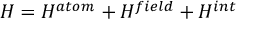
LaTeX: H = H ^ { a t o m } + H ^ { f i e l d } + H ^ { i n t }